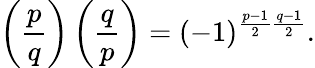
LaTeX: \left({\frac{p}{q}}\right)\left({\frac{q}{p}}\right)=(-1)^{{\frac{p-1}{2}}{\frac{q-1}{2}}}.